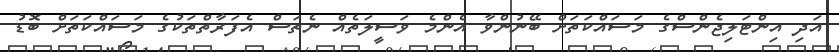
އަދި އިންޓަލިޖެންސްގެ މަސައްކަތަށް ބޭނުންވާ އެންމެ ވަސީލަތެއް ނެތަސް އެފަރާތްތަކުގެ މަސައްކަތަށް ބޮޑު